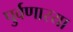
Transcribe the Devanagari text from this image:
पुर्वणारया